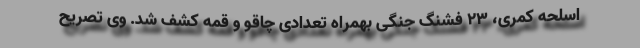
اسلحه کمری، ۲۳ فشنگ جنگی بهمراه تعدادی چاقو و قمه کشف شد. وی تصریح